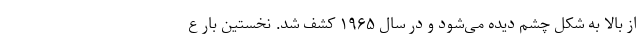
از بالا به شکل چشم دیده می‌شود و در سال ۱۹۶۵ کشف شد. نخستین بار ع